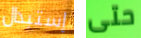
إستبدال حتى